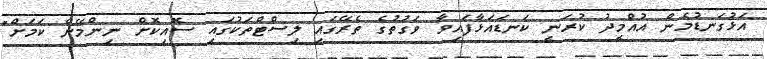
އަޅުގަނޑުމެން އުއްމީދު ކުރަނީ ކަނޑައަޅާފައިވާ ވަގުތުގެ ތެރޭގައި ލިސްޓްތަކުގައި ސޮއިކޮށް ނިންމޭނެ ކަމަށް"